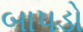
બાપડો